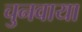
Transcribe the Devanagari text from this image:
चुनवाया